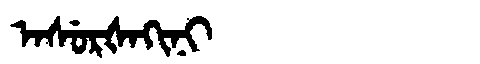
Manchu: ᠠᠰᡠᡵᡧᠠᡴᡳᠨᡳ
Romanization: ASURŠAKINI